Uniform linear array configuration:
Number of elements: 64
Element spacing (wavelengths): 0.75
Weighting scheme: blackman
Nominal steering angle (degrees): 45
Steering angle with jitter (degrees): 44.923
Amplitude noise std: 0.05
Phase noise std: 0.05

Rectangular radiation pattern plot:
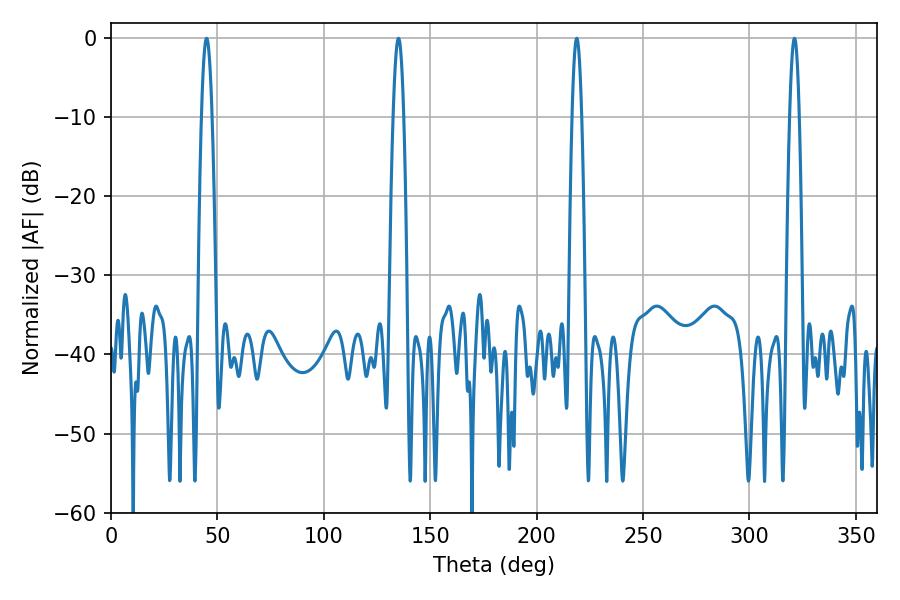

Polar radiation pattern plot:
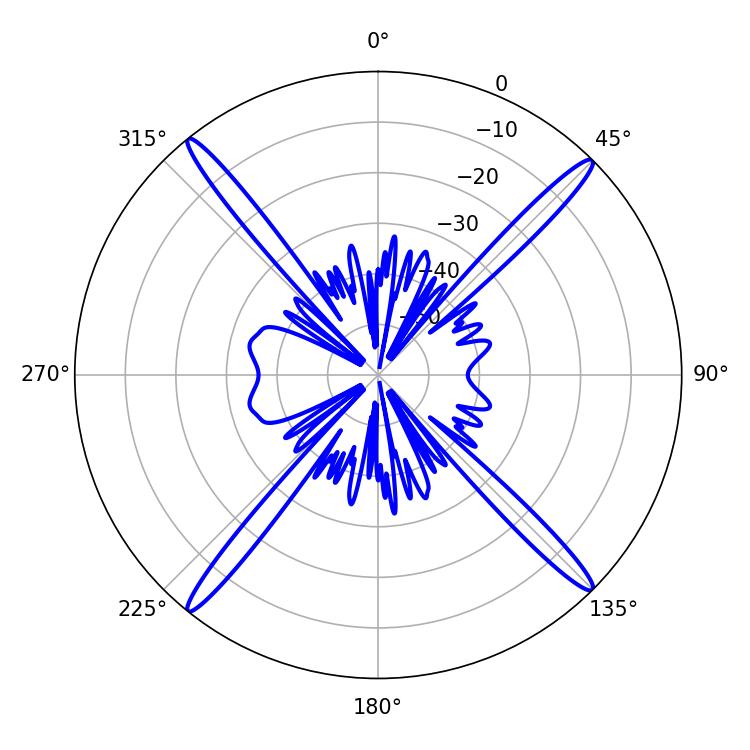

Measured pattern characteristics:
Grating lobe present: TRUE
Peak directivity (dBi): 21.539
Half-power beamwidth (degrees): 2.52
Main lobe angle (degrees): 321.12